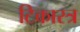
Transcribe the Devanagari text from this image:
टिकास्त्र